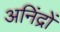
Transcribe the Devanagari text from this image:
अनिंद्रों